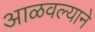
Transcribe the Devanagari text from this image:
आळवल्याने